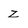
Character: z